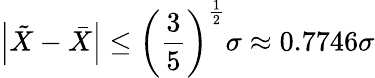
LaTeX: \left|{\tilde{X}}-{\bar{X}}\right|\leq\left({\frac{3}{5}}\right)^{\frac{1}{2}}\sigma\approx 0.7746\sigma